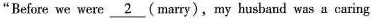
"Before we were\underline{2}(marry), my husband was a caring